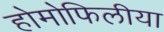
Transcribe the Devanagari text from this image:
होमोफिलीया